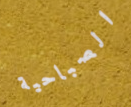
الصباحية